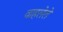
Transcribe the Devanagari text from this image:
वाहलेले